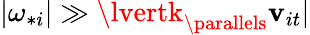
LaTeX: \lvert\omega_{*i}\rvert\gg\lvertk_{\parallels}\mathbf{v}_{it}\rvert